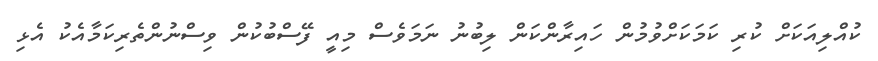
ކުއްލިއަކަށް ކުރި ކަމަކަށްވުމުން ހައިރާންކަން ލިބުނު ނަމަވެސް މިއީ ފޭސްބުކުން ވިސްނުންތެރިކަމާއެކު އެޅި